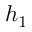
h _ { 1 }